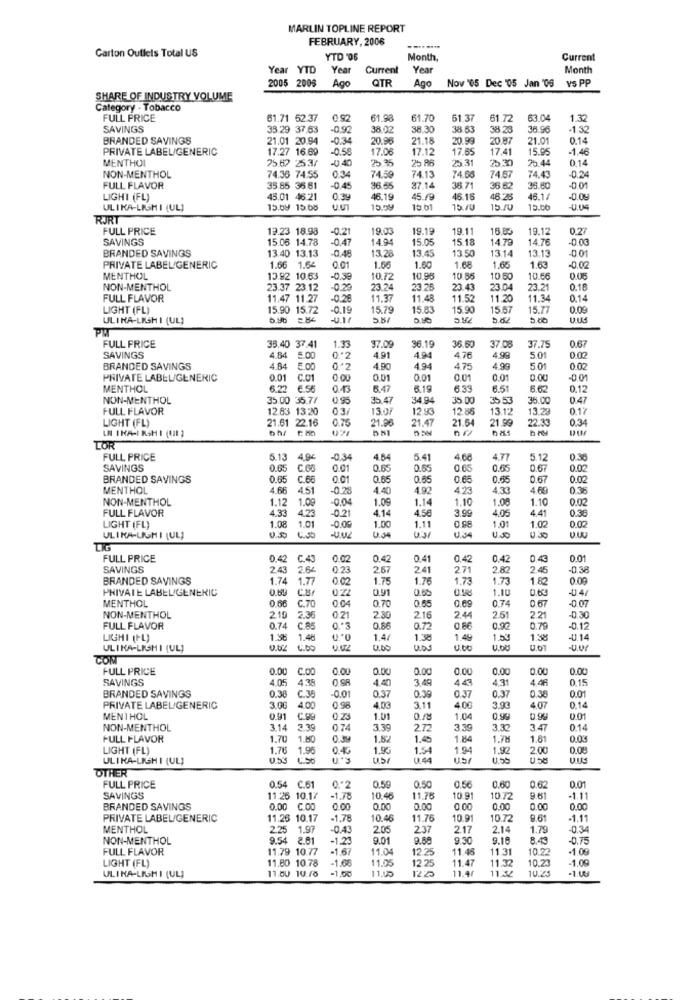
MARLIN TOPLINE REPORT
FEBRUARY, 2006
Carton Outlets Total US
YTD '06
Month,
Current
Year YTD
Yea
Current
Year
Month
2005 2005
Ago
QTR
Ago
Now '05 Dec '05 Jan '06 VS PP
SHARE OF INDUSTRY VOLUME
Category - Tobacco
FULL PRICE
61.71 52.37
0.92
61.98
61.70
61 37
61.72
63.04
13
SAVINGS
33.29 37.63
0.92
38.02
38.30
38.53
38.28
36.96
-1.32
BRANDED SAVINGS
21.01 20.94
-0.34
20.96
21.18
20.99
20.87
21.01
0.14
PRIVATE LABEL/GENERIC
17.27 16.69
-0.58
17.06
17.12
17.65
17.41
15.95
-1.46
MENTHOL
75.67 2537
0.40
3%
25 86
25.31
35.30
25.44
0.14
NON-MENTHOL
74.36 74.55
0.34
74.59
74.13
74.68
74.57
74.43
-0.24
FULL FLAVOR
35.85 36 61
0.45
36.55
37.14
36.71
36.62
35.60
-0 01
LIGHT (FL)
45.01 46.21
0.39
46.19
46.15
46.26
46.1/
-0.0%
ULIKA-LIGMI (UL]
15.69 15.08
15.59
15 01
75.16
15.00
-U.US
RJRT
FULL PRICE
13.23 18.98
-0.21
19.00
19.19
19.1
18.85
19.12
0.27
SAVINGS
15.06 14.78
-0.47
14.94
15.05
15 18
14.79
14.76
0 03
BRANDED SAVINGS
13.40 13.13
0.48
13.28
13.45
13.50
13.14
13.13
PRIVATE LABEL/GENERIC
1.66 1.64
0.01
1.66
1.60
1.68
1.65
1.63
-0.00
MENTHOL
13.92 10.63
-0.3
10.72
10.98
10.85
10.50
10.66
0.05
NON-MENTHOL
23.37 23.12
-0.2
23.24
23.26
23.43
23.04
23.21
0.18
FULL FLAVOR
11.47 11.27
-0.26
11.37
11.48
11.52
11.20
11.34
0.14
LIGHT (FL)
15.90 15.72
15.79
15.83
15.90
15.67
15.77
0.09
ULINA-LISHI (UL)
5.87
200
FULL PRICE
1.35
36.50
0.67
35.40 37.41
37.09
36.19
37.08
37.75
SAVINGS
4.84 5.00
0'2
4.91
494
4.76
4,99
5.01
0.02
BRANDED SAVINGS
4.84
5.00
4.90
494
4.75
4,99
501
0.02
PRIVATE LABEL/GENERIC
0.01 C.01
000
0.01
0.01
0.01
0.01
0.00
-0.01
MENTHOL
6.22
€.58
0.43
6,47
6.19
6.33
6.51
0.12
NON-MENTHOL
35.00 35.77
0.95
35.47
34.94
35 0
35.53
35.00
0.47
FULL FLAVOR
12.83 13.20
03/
1307
12.93
12 .88
13.12
13.23
0.12
LIGHT (FL)
21.61 22.16
0.75
21.96
21.47
21.54
21.99
0.34
22.33
LN INA-I RSH I (III )
TOR
FULL PRICE
5.13
4.9€
-03
4.64
5.41
4.68
4.77
5.12
0.35
SAVINGS
0.65
0.01
0.65
0.65
0.65
0.65
0.67
0.02
BRANDED SAVINGS
0.65
C.66
0 01
0.65
0.65
0.65
0.65
0.67
0.02
MENTHOL
4.66
4.51
0.2
4.40
4.92
4,33
4.69
0.36
NON-MENTHOL
1.12 1.09
1.09
1.14
1.10
1.08
1.10
0.02
FULL FLAVOR
4.33
4.23
021
4.14
4.58
4.05
4.41
0.38
LIGHT (FL)
1.08
1.0
-0.0
1.00
1.11
1.01
1.02
0 02
ULIKA-LIGHI (UL)
0.04
USA
U.S.
030
FULL PRICE
0.4
C.43
0.42
0.41
0.42
0.42
0.4
0.01
SAVINGS
2.43
2.66
0 23
2.67
241
2.71
282
2.4
-0.38
BRANDED SAVINGS
1.74
1.77
0.02
1.75
1.76
1.73
1.73
1.82
0.09
PRIVATE LABEL/GENERIC
0Z
0.91
0.66
1.10
0.63
-04/
MENTHOL
0.66
C.70
0.70
0.65
0.69
0.74
0 67
2.51
NON-MENTHOL
2.19
2.36
0.21
2.30
216
2.44
2.21
-0.30
FULL FLAVOR
0.74 C.85
0.86
0.72
0.90
0.79
-0.12
LIGHI (FL)
1.36
1.48
1.4/
1.38
1.4
1.53
1.38
-4.14
ULINA-LISHI (UL)
0.62 4.00
U.DS
U.tt
COM
FULL PRICE
0.00
C.OO
0.00
0.00
0.00
0.00
0.00
0.00
0.00
SAVINGS
4.05
4.38
0 SR
3.49
443
4.31
4.46
0,15
0.38
0.01
0.39
0.37
BRANDED SAVINGS
C.35
0.37
0.37
0.38
PRIVATE LABEL/GENERIC
3.0G
4.00
0.96
4.03
3.11
4.00
3.93
407
0.14
MENTHOL
0.91
C.99
0 2
1.01
1.04
0.99
0.9%
NON-MENTHOL
3.14
3.39
0.74
3.39
2.72
3.39
3.32
3.47
0.14
FULL FLAVOR
1.70
1.80
0.3
1.52
1.45
1.84
1.7M
1.81
0.04
LIGHT (FL)
1.76
1.96
0.4
1.93
1.54
1.94
1.92
2.00
ULIKA-LIGHI (UL)
U.44
OTHER
FULL PRICE
0.54 C.61
0."2
0.59
0.50
0.56
0.60
0.62
0.01
SAVINGS
11.25 10.17
-1.78
10.46
11.76
10.91
10 72
9.61
-1.11
BRANDED SAVINGS
0.00 C.OD
0.00
0.00
0.00
0.00
0.00
0.00
PRIVATE LABEL/GENERIC
11.25 10.17
1,78
10.46
11.76
10.91
10.72
9.61
-1.11
MENTHOL
2.25
1.97
2.05
237
2.17
2.14
1.79
-0.34
NON-MENTHOL
9.54 2.81
-1,23
9.01
9.88
9.30
9.16
8.43
-0.75
FULL FLAVOR
11.79 10.77
-1.67
11.04
12.25
11.46
11.31
10.2
-1.09
11.80 10.78
-1.68
11.05
12.25
11.47
11.32
10.24
-1.00
LIGHT (FL)
11.00 10.10
11.00
122
11.46
11:32
10.25
ULIKA-LISHI (UL]